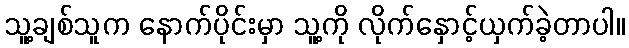
သူ့ချစ်သူက နောက်ပိုင်းမှာ သူ့ကို လိုက်နှောင့်ယှက်ခဲ့တာပါ။